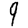
Digit: 9